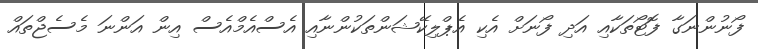
ފޯނުންނަގާ ފޮޓޯތަކާއި އަދި ފޯނަށް އެކި އެޕްލިކޭޝަންތަކުންނާއި އެސްއެމްއެސް އިން އަންނަ މެސެޖްތައް